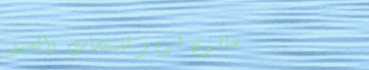
صالون لويز للمقصات والصبغ